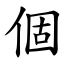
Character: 個